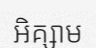
អិគ្សាម